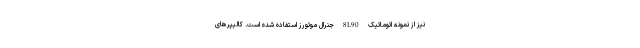
نیز از نمونه اتوماتیک 8L90 جنرال موتورز استفاده شده است. کالیپرهای